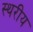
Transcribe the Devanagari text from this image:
स्थरीय